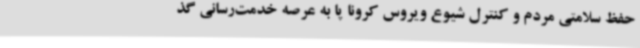
حفظ سلامتی مردم و کنترل شیوع ویروس کرونا پا به عرصه خدمت‌رسانی گذ